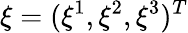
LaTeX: \mathbf{\xi}=(\xi^{1},\xi^{2},\xi^{3})^{T}